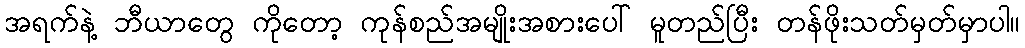
အရက်နဲ့ ဘီယာတွေ ကိုတော့ ကုန်စည်အမျိုးအစားပေါ် မူတည်ပြီး တန်ဖိုးသတ်မှတ်မှာပါ။